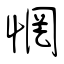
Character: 惘